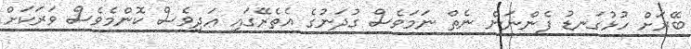
ބޭރަށް ހުޅުގަނޑު ފެންނަން ނެތް ނަމަވެސް ގުދަނުގެ އެތެރޭގައި އަދިވެސް ކޮންމެވެސް ވަރަކަށް